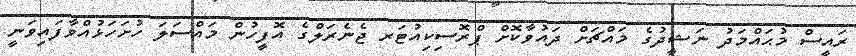
ރައީސް މުޙައްމަދު ނަޝީދުގެ މައްޗަށް ދައުވާކޮށް ޕްރޮސިކިއުޓަރ ޖެނެރަލްގެ އޮފީހުން މައްސަލަ ހުށަހަޅުއްވާފައިވަނީ